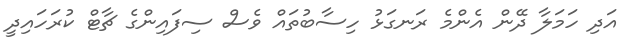
އަދި ހަމަލާ ދޭން އެންމެ ރަނގަޅު ހިސާބުތައް ވެސް ސިފައިންގެ ޗާޓް ކުރަހައިދީ